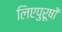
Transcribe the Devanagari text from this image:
लिएपुरूषों